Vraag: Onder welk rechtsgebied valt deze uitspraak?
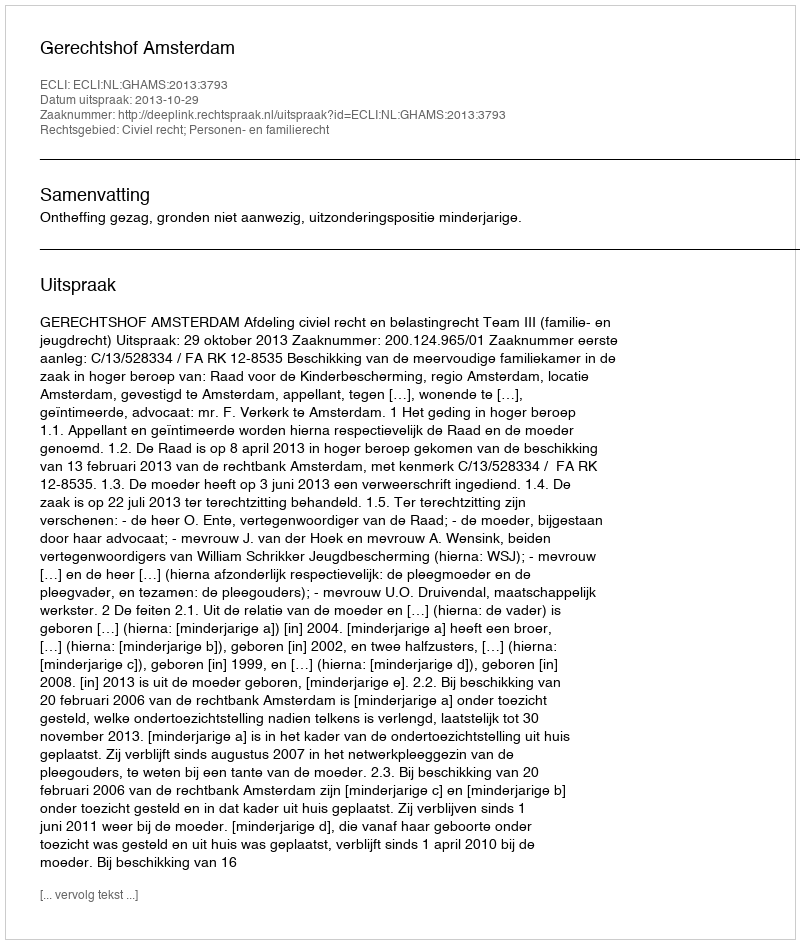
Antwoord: Civiel recht; Personen- en familierecht